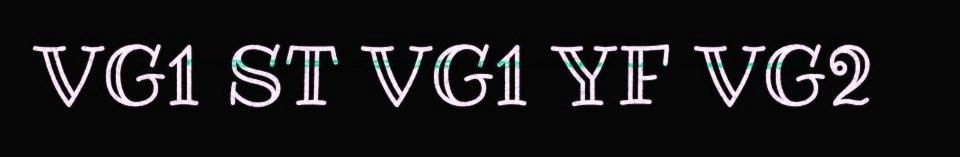
VG1 ST VG1 YF VG2